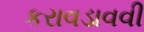
કરાવડાવવી